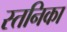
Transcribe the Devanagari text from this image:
स्तनिका